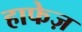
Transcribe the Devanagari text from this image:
हाफेज़